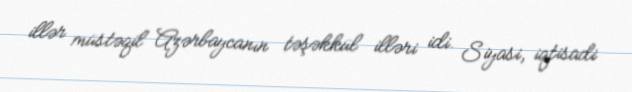
illər müstəqil Azərbaycanın təşəkkül illəri idi. Siyasi, iqtisadi